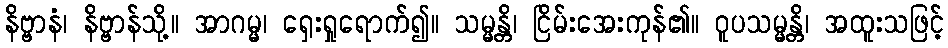
နိဗ္ဗာနံ၊ နိဗ္ဗာန်သို့။ အာဂမ္မ၊ ရှေးရှုရောက်၍။ သမ္မန္တိ၊ ငြိမ်းအေးကုန်၏။ ဝူပသမ္မန္တိ၊ အထူးသဖြင့်